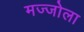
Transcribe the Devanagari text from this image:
मज्जोला